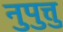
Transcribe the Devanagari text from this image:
नुपुत्तु